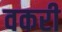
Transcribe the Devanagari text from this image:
वकरी